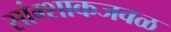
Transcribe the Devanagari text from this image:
सांग्शाकजवळ